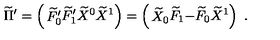
\widetilde \Pi ^ { \prime } = \left( \begin{matrix} { \widetilde F _ { 0 } ^ { \prime } } \\ { \widetilde F _ { 1 } ^ { \prime } } \\ { \widetilde X ^ { 0 } } \\ { \widetilde X ^ { 1 } } \\ \end{matrix} \right) = \left( \begin{matrix} { \widetilde X _ { 0 } } \\ { \widetilde F _ { 1 } } \\ { - \widetilde F _ { 0 } } \\ { \widetilde X ^ { 1 } } \\ \end{matrix} \right) \ .